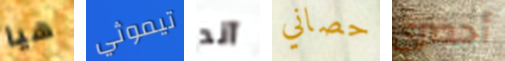
هيا تيموثي آند حصاني أحضري